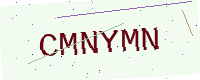
Text: CMNYMN